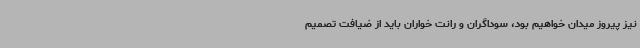
نیز پیروز میدان خواهیم بود، سوداگران و رانت خواران باید از ضیافت تصمیم